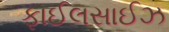
ફાઈલસાઈઝ